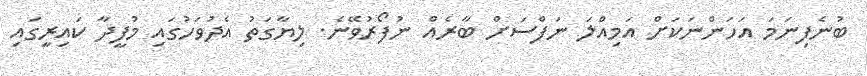
ބުނެފިނަމަ އަހަންނަކަށް އަމިއްލަ ނަފްސަށް ބާރެއް ނުފޯރުވޭނެ. ލިޔާގަތު އެދުވަހުގައި މުފީދާ ކައިރީގައި